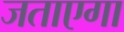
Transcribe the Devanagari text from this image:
जताएगा